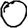
Digit: 0